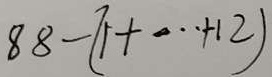
8 8 - ( 1 + \cdots + 1 2 )